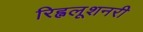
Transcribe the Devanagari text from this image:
रिह्वलूशनरी